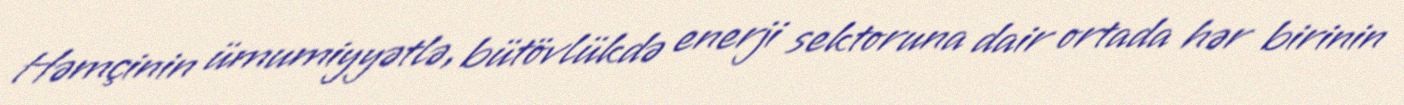
Həmçinin ümumiyyətlə, bütövlükdə enerji sektoruna dair ortada hər birinin